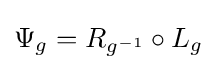
\Psi _{g}=R_{g^{-1}}\circ L_{g}